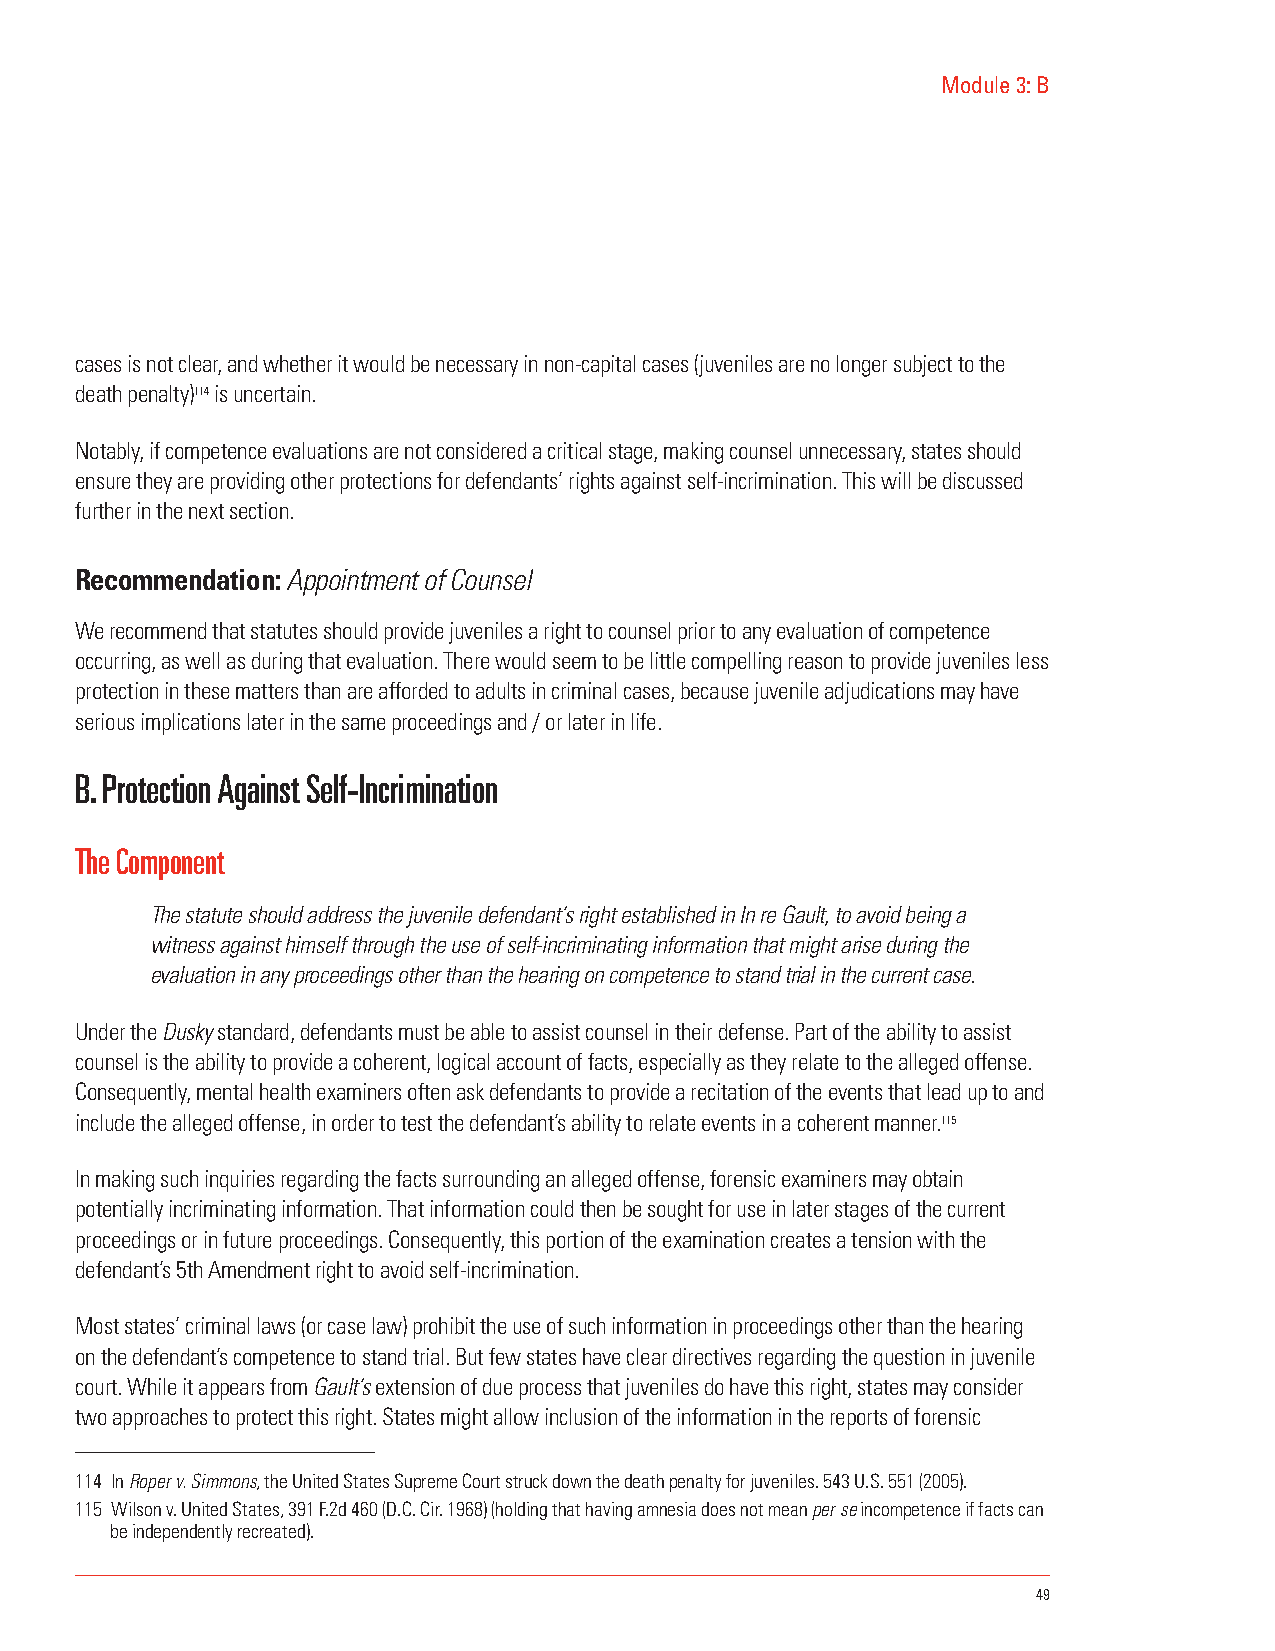
Module 3: B
 cases is not clear, and whether it would be necessary in non-capital cases (juveniles are no longer subject to the
 death penalty)114 is uncertain.
 Notably, if competence evaluations are not considered a critical stage, making counsel unnecessary, states should
 ensure they are providing other protections for defendants’ rights against self-incrimination. This will be discussed
 further in the next section.
 Recommendation: Appointment of Counsel
 We recommend that statutes should provide juveniles a right to counsel prior to any evaluation of competence
 occurring, as well as during that evaluation. There would seem to be little compelling reason to provide juveniles less
 protection in these matters than are afforded to adults in criminal cases, because juvenile adjudications may have
 serious implications later in the same proceedings and / or later in life.
 B. Protection Against Self-Incrimination
 The Component
 The statute should address the juvenile defendant’s right established in In re Gault, to avoid being a
 witness against himself through the use of self-incriminating information that might arise during the
 evaluation in any proceedings other than the hearing on competence to stand trial in the current case.
 Under the Dusky standard, defendants must be able to assist counsel in their defense. Part of the ability to assist
 counsel is the ability to provide a coherent, logical account of facts, especially as they relate to the alleged offense.
 Consequently, mental health examiners often ask defendants to provide a recitation of the events that lead up to and
 include the alleged offense, in order to test the defendant’s ability to relate events in a coherent manner.115
 In making such inquiries regarding the facts surrounding an alleged offense, forensic examiners may obtain
 potentially incriminating information. That information could then be sought for use in later stages of the current
 proceedings or in future proceedings. Consequently, this portion of the examination creates a tension with the
 defendant’s 5th Amendment right to avoid self-incrimination.
 Most states’ criminal laws (or case law) prohibit the use of such information in proceedings other than the hearing
 on the defendant’s competence to stand trial. But few states have clear directives regarding the question in juvenile
 court. While it appears from Gault’s extension of due process that juveniles do have this right, states may consider
 two approaches to protect this right. States might allow inclusion of the information in the reports of forensic
 114 In Roper v. Simmons, the United States Supreme Court struck down the death penalty for juveniles. 543 U.S. 551 (2005).
 115 Wilson v. United States, 391 F.2d 460 (D.C. Cir. 1968) (holding that having amnesia does not mean per se incompetence if facts can
 be independently recreated).
 49